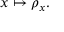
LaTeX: x \mapsto \rho _ { x } .